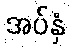
အပ်နှံ